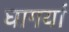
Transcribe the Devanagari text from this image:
घागर्या